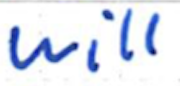
Text: will
Cross-out: clean
Writing tool: ballpoint